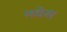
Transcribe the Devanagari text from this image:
नयेस